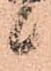
候